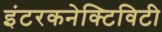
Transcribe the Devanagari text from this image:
इंटरकनेक्टिविटी